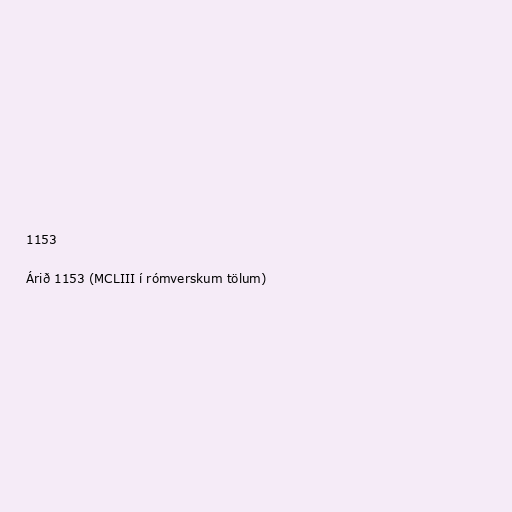
1153

Árið 1153 (MCLIII í rómverskum tölum)